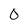
Character: 0